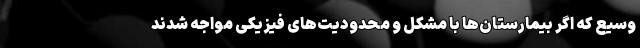
وسیع که اگر بیمارستان‌ها با مشکل و محدودیت‌های فیزیکی مواجه شدند